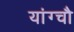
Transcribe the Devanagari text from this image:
यांग्चौ